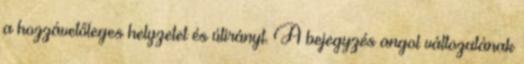
a hozzávetőleges helyzetet és útirányt. A bejegyzés angol változatának